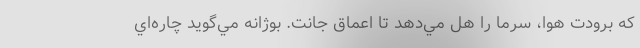
كه برودت هوا، سرما را هل مي‌دهد تا اعماق جانت. بوژانه مي‌گويد چاره‌اي